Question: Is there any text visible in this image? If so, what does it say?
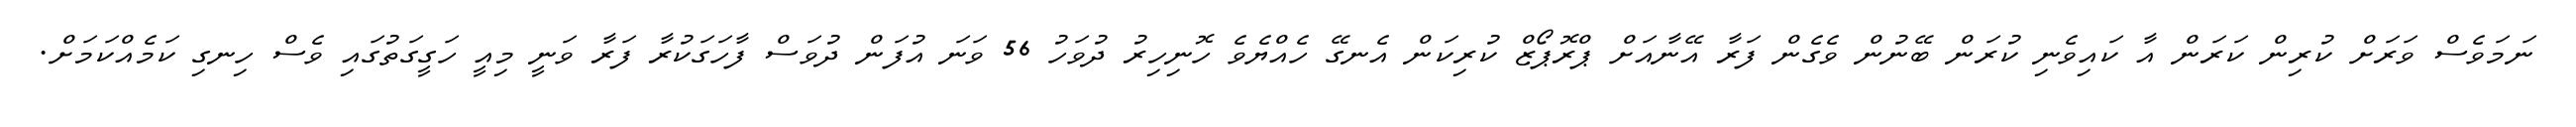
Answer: ނަމަވެސް ވަރަށް ކުރިން ކަރަން އާ ކައިވެނި ކުރަން ބޭނުން ވެގެން ފަރާ އޭނާއަށް ޕްރޮޕޯޒް ކުރިކަން އެނގޭ ހެއްޔެވެ ހޮނިހިރު ދުވަހު 56 ވަނަ އުފަން ދުވަސް ފާހަގަކުރާ ފަރާ ވަނީ މިއީ ހަގީގަތުގައި ވެސް ހިނގި ކަމެއްކަމަށް.